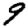
Digit: 9